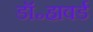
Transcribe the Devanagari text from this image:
डॉ॰हावर्ड